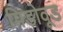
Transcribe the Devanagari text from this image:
मिडोवूड